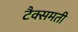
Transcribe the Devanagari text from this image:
टैक्समती